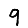
Digit: 9